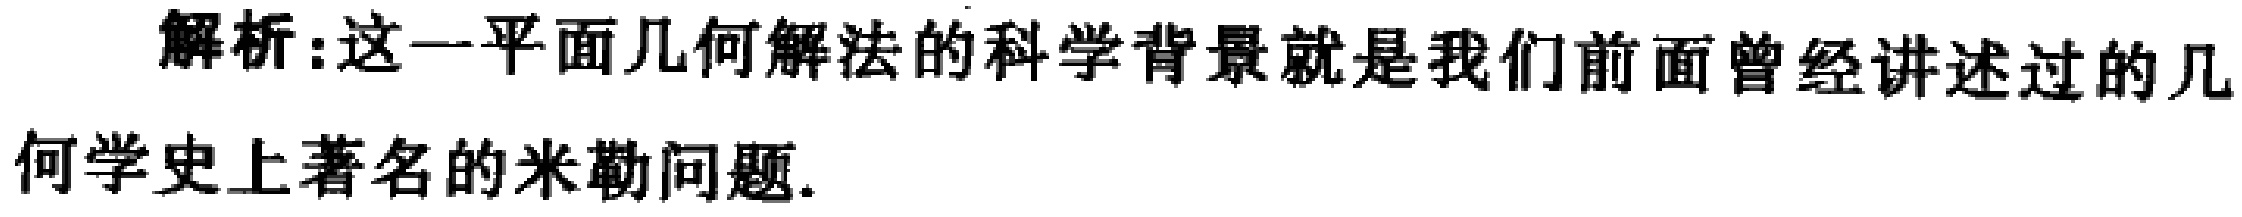
解析:这一平面几何解法的科学背景就是我们前面曾经讲述过的几何学史上著名的米勒问题.